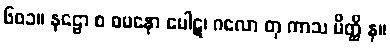
၆၀၁။ နဠော စ ဓမနော ပေါဋ၊ ဂလော တု ကာသ မိတ္ထိ န။